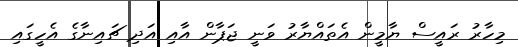
މިހާރު ރައީސް ޔާމީން އެތައްޔާރު ވަނީ ޖަޕާން އާއި އަދި ޗައިނާގެ އެހީގައި